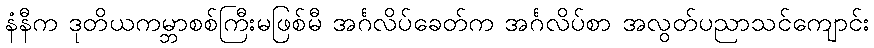
နံနီက ဒုတိယကမ္ဘာစစ်ကြီးမဖြစ်မီ အင်္ဂလိပ်ခေတ်က အင်္ဂလိပ်စာ အလွတ်ပညာသင်ကျောင်း